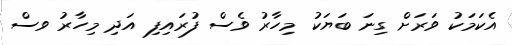
އެކަމަކު ވަރަށް ގިނަ ބަޔަކު މިހާރު ވެސް ފުރައިފި އަދި މިހާރު ވސް